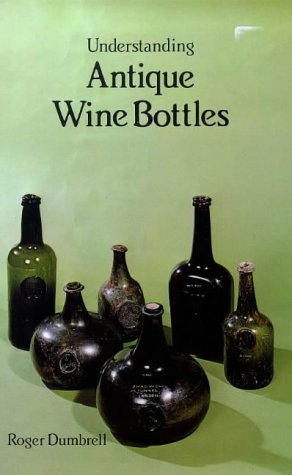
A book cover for Understanding Antique Wine Bottles; R. Dumbrell; Crafts, Hobbies & Home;